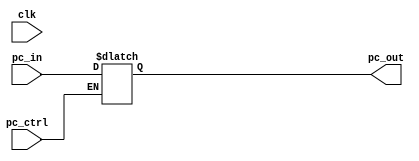
module PROGRAM_COUNTER(
  pc_out,
  pc_in,
  pc_ctrl,
  clk);
    
    input [31:0] pc_in;
    input pc_ctrl, clk;
    output reg [31:0] pc_out;
    
    initial
      begin
        pc_out = 32'b0;
        
      end
      
      always @(pc_in or pc_ctrl or clk)
        begin
          if(pc_ctrl)
            //@(posedge clk)
            pc_out = pc_in;
        end
    
endmodule